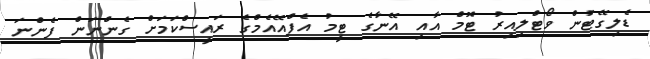
ޑެލިގޭޓުން ވޯޓްލިއިރު ޓޮމް އާއި އޭނާގެ ޓީމު އެފްއޭއެމްގެ ރައީސްކަމަށް ގެންނަން ފެންނަ